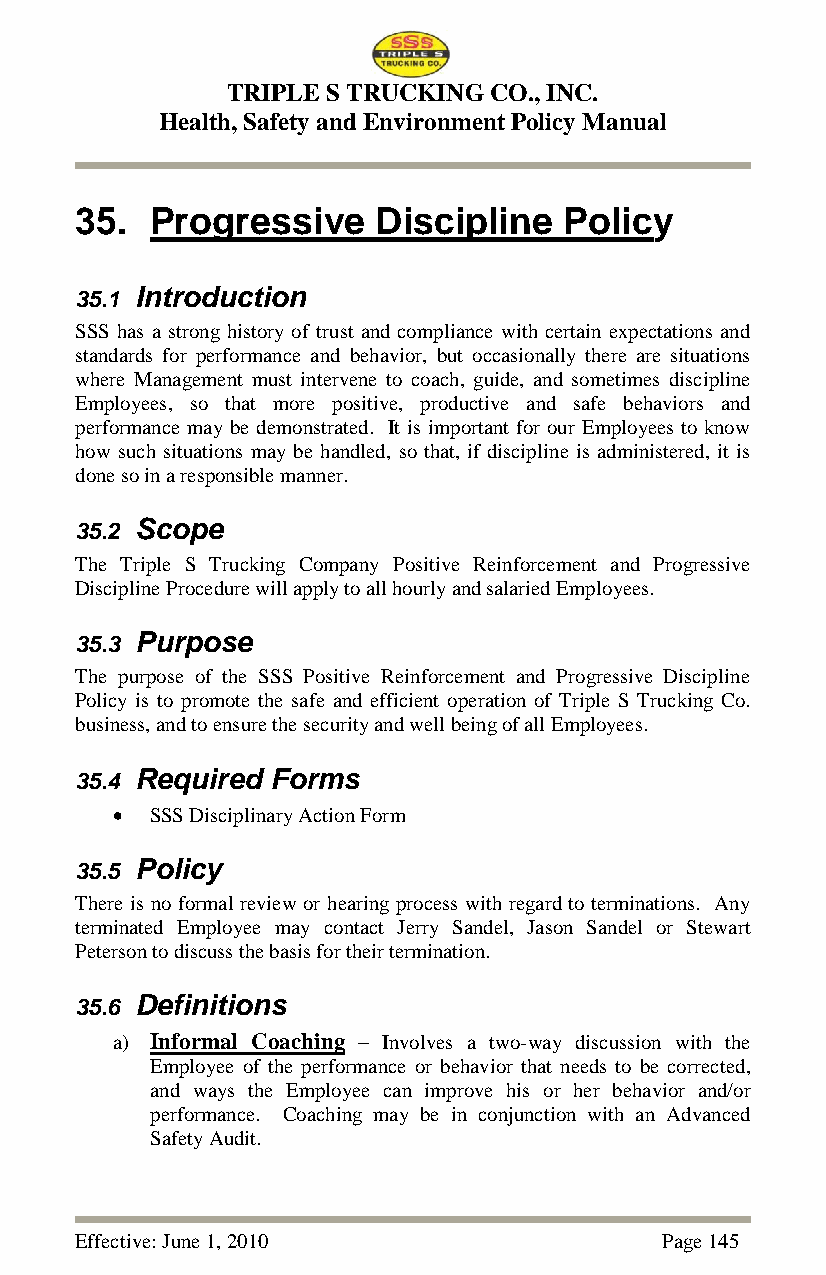
TRIPLE S TRUCKING CO., INC.
 Health, Safety and Environment Policy Manual
 35.  Progressive    Discipline  Policy
 35.1 Introduction
 SSS has a strong history of trust and compliance with certain expectations and
 standards for performance and behavior, but occasionally there are situations
 where Management must intervene to coach, guide, and sometimes discipline
 Employees, so that more positive, productive and safe behaviors and
 performance may be demonstrated. It is important for our Employees to know
 how such situations may be handled, so that, if discipline is administered, it is
 done so in a responsible manner.
 35.2 Scope
 The Triple S Trucking Company Positive Reinforcement and Progressive
 Discipline Procedure will apply to all hourly and salaried Employees.
 35.3 Purpose
 The purpose of the SSS Positive Reinforcement and Progressive Discipline
 Policy is to promote the safe and efficient operation of Triple S Trucking Co.
 business, and to ensure the security and well being of all Employees.
 35.4 Required Forms
   SSS Disciplinary Action Form
 35.5 Policy
 There is no formal review or hearing process with regard to terminations. Any
 terminated Employee may contact Jerry Sandel, Jason Sandel or Stewart
 Peterson to discuss the basis for their termination.
 35.6 Definitions
 a) Informal Coaching – Involves a two-way discussion with the
 Employee of the performance or behavior that needs to be corrected,
 and ways the Employee can improve his or her behavior and/or
 performance. Coaching may be in conjunction with an Advanced
 Safety Audit.
 Effective: June 1, 2010                Page 145